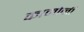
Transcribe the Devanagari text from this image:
कामोनी